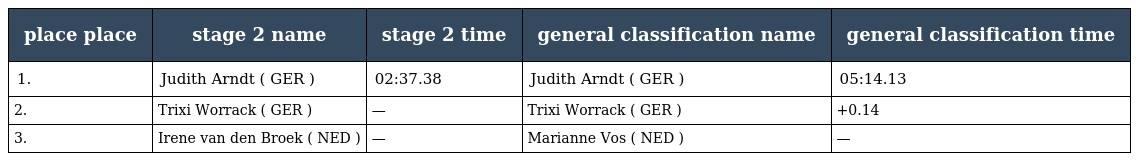
| place place | stage 2 name | stage 2 time | general classification name | general classification time |
 | --- | --- | --- | --- | --- |
 | 1. | Judith Arndt ( GER ) | 02:37.38 | Judith Arndt ( GER ) | 05:14.13 |
 | 2. | Trixi Worrack ( GER ) | — | Trixi Worrack ( GER ) | +0.14 |
 | 3. | Irene van den Broek ( NED ) | — | Marianne Vos ( NED ) | — |